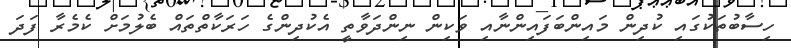
ހިސާބުތަކުގައި ކުދިން މައިންބަފައިންނާއި ވަކިން ނިންދަވާތީ އެކުދިންގެ ހަރަކާތްތައް ބެލުމަށް ކެމެރާ ފަދަ